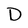
Character: D